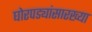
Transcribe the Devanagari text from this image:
घोरपड्यांसारख्या